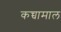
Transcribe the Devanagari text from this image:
कच्चामाल